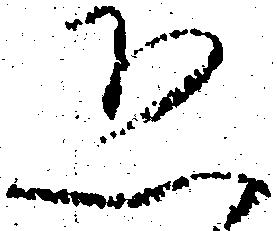
恐